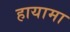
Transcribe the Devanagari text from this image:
हायामा